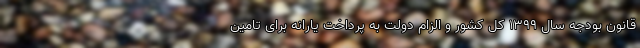
قانون بودجه سال ۱۳۹۹ کل کشور و الزام دولت به پرداخت یارانه برای تامین